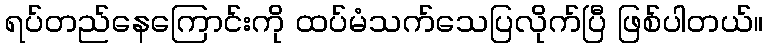
ရပ်တည်နေကြောင်းကို ထပ်မံသက်သေပြလိုက်ပြီ ဖြစ်ပါတယ်။